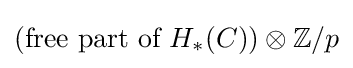
({\text{free part of }}H_{*}(C))\otimes \mathbb {Z} /p